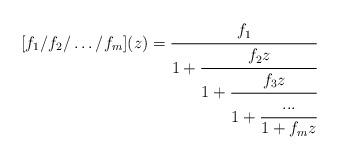
LaTeX: \begin{align*} [f_1 / f_2 / \ldots / f_m](z) = \cfrac{f_1}{ 1+ \cfrac {f_2 z}{ 1+\cfrac{f_3 z}{ 1+ \cfrac{...}{1+f_m z}}}}\end{align*}